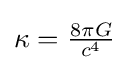
{\textstyle \kappa ={\frac {8\pi G}{c^{4}}}}